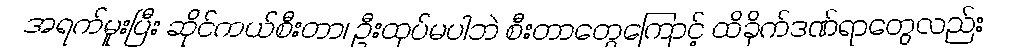
အရက်မူးပြီး ဆိုင်ကယ်စီးတာ၊ ဦးထုပ်မပါဘဲ စီးတာတွေကြောင့် ထိခိုက်ဒဏ်ရာတွေလည်း